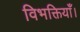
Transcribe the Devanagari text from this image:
विभक्तियाँ।